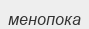
менопока